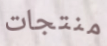
منتجات